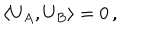
\langle U _ { A } , U _ { B } \rangle = 0 \, ,